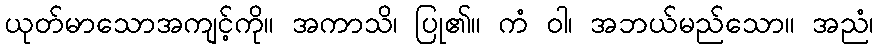
ယုတ်မာသောအကျင့်ကို။ အကာသိ၊ ပြု၏။ ကံ ဝါ၊ အဘယ်မည်သော။ အညံ၊